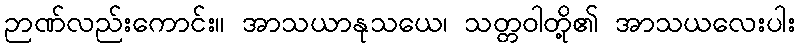
ဉာဏ်လည်းကောင်း။ အာသယာနုသယေ၊ သတ္တဝါတို့၏ အာသယလေးပါး